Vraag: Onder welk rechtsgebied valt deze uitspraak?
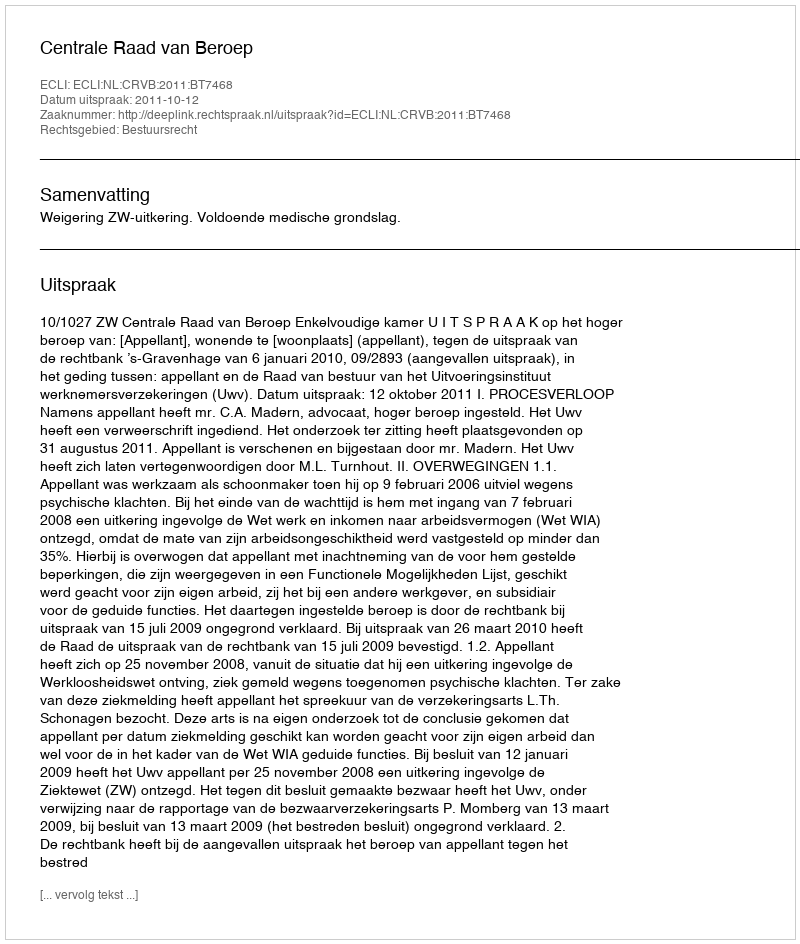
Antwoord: Bestuursrecht